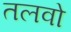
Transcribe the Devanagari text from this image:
तलवो